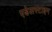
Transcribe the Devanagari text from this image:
एडेलस्टाइन